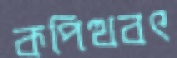
কপিত্থবৎ